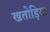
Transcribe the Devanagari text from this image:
खतोड़िया